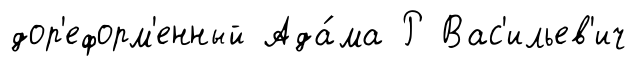
дор'еформ'енный Ада́ма Р Вас'ильев'ич